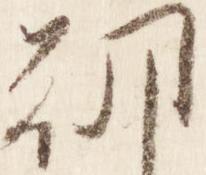
朝